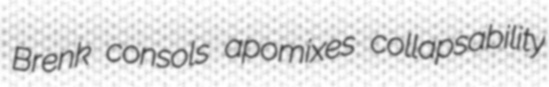
Brenk consols apomixes collapsability